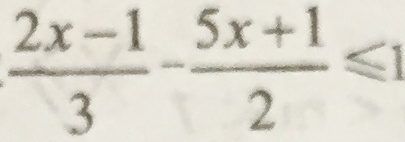
\frac { 2 x - 1 } { 3 } - \frac { 5 x + 1 } { 2 } \leq 1